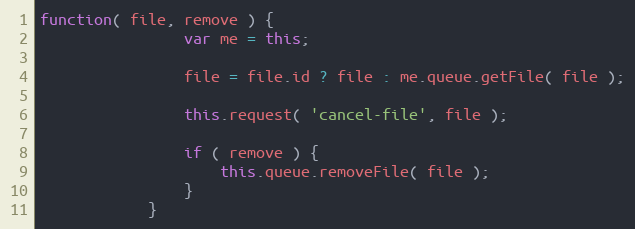
Language: JavaScript
function( file, remove ) {
                var me = this;

                file = file.id ? file : me.queue.getFile( file );

                this.request( 'cancel-file', file );

                if ( remove ) {
                    this.queue.removeFile( file );
                }
            }